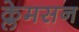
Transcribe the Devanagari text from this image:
क्लेमसन